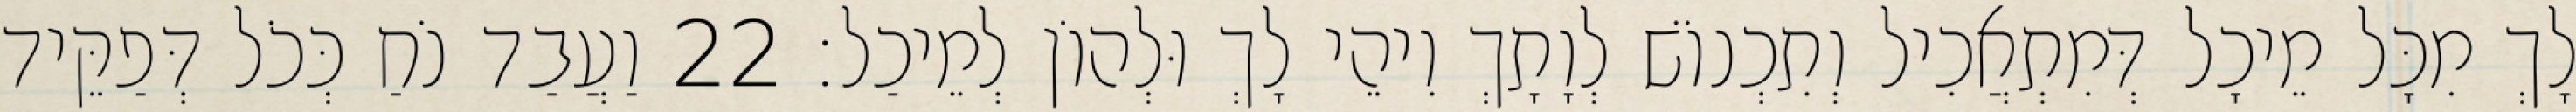
לָךְ מִכָּל מֵיכָל דְּמִתְאֲכִיל וְתִכְנוֹשׁ לְוָתָךְ וִיהֵי לָךְ וּלְהוֹן לְמֵיכַל׃ 22 וַעֲבַד נֹחַ כְּכֹל דְּפַקֵּיד